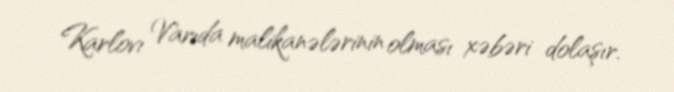
Karlovı Varıda malikanələrinin olması xəbəri dolaşır.